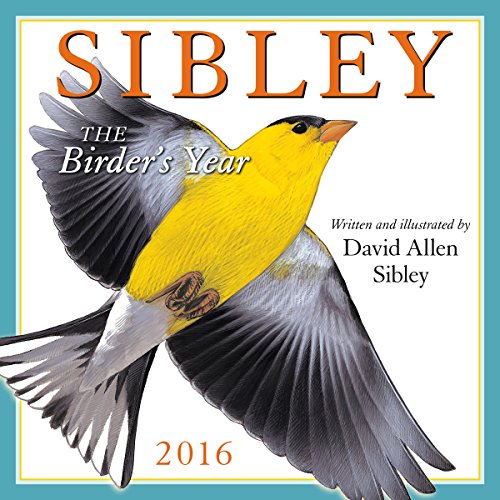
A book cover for Sibley: The Birder's Year 2016 Wall Calendar; David Allen Sibley; Sports & Outdoors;